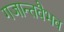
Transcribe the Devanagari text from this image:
गजान्तवैभव